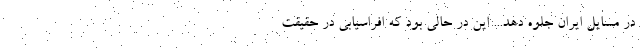
در مسایل ایران جلوه دهد... این در حالی بود که افراسیابی در حقیقت